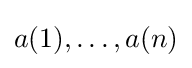
a(1),\ldots ,a(n)